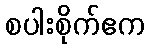
စပါးစိုက်ဧက